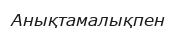
Анықтамалықпен